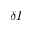
\delta I